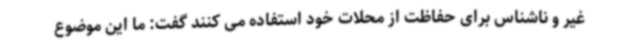
غیر و ناشناس برای حفاظت از محلات خود استفاده می کنند گفت: ما این موضوع